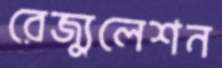
রেজ্যুলেশন